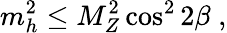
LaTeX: m_{h}^{2}\le M_{Z}^{2}\cos^{2}2\beta\; ,